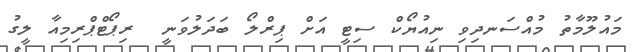
މައުލޫމާތު މުއްސަނދިވި ނިއުޔޯކް ސިޓީ އަށް ޕިރްލޯ ބަދަލުވަނީ  ރިޕޯޓްޕްރިމިއާ ލީގު